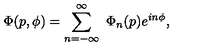
\Phi ( p , \phi ) = \sum _ { n = - \infty } ^ { \infty } \ \Phi _ { n } ( p ) e ^ { i n \phi } ,